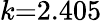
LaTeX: k{=}2.405